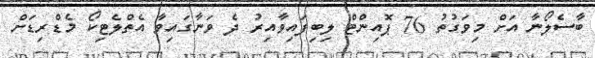
ބާސެލޯނާ އަށް މިވަގުތު 76 ޕޮއިންޓް ލިބިފައިވާއިރު ދެ ވަނާގައިވާ އެތްލެޓިކޯ މެޑްރިޑަށް